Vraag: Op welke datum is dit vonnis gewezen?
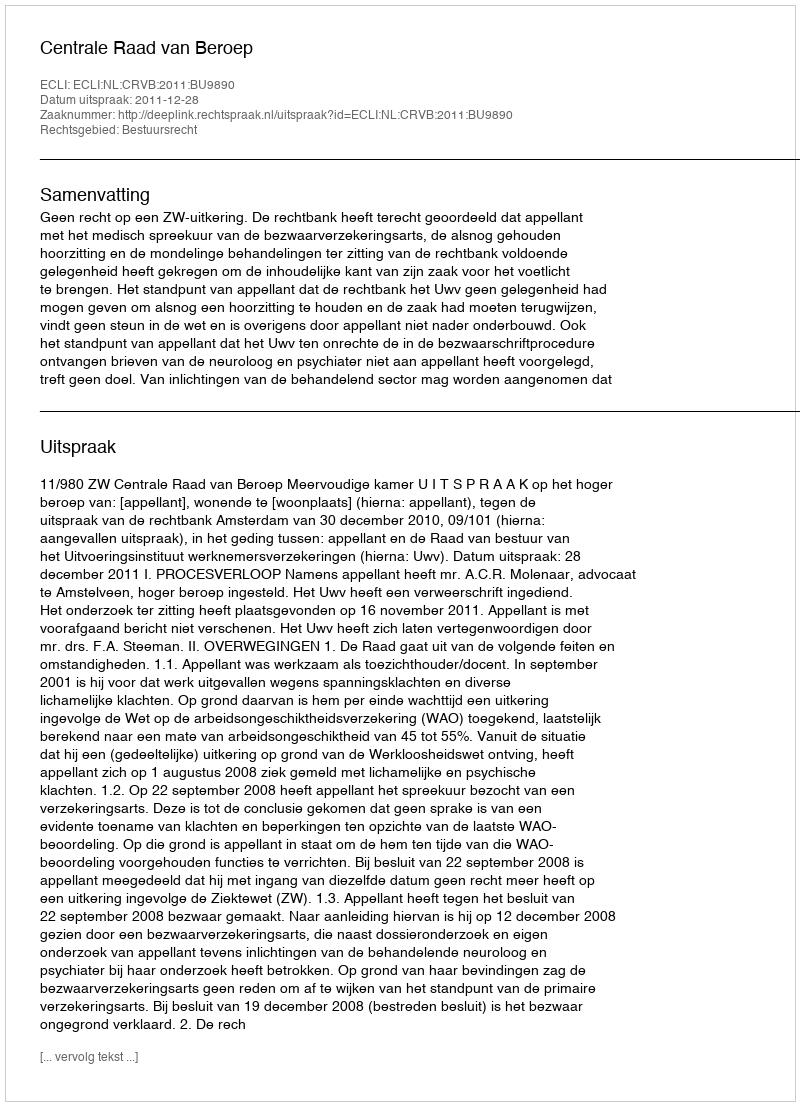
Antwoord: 2011-12-28